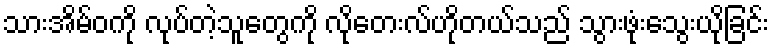
သားအိမ်ဝကို လုပ်တဲ့သူတွေကို လိုတေးလ်ဟိုတယ်သည် သွားဖုံးသွေးယိုခြင်း